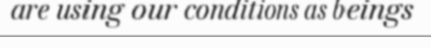
are using our conditions as beings